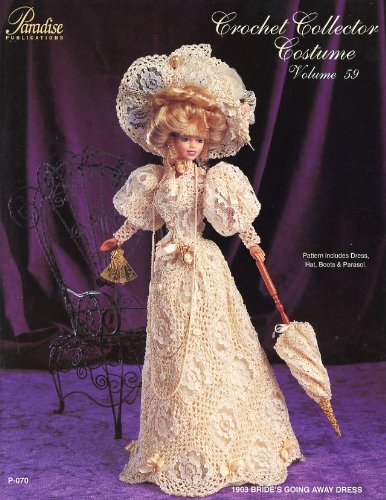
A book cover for Crochet Collector Costume Volume 59 -- 1903 Bride's Going Away Dress; Sandra Peach; Crafts, Hobbies & Home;